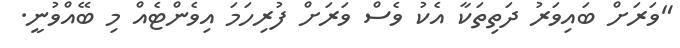
"ވަރަށް ބައިވަރު ދަތިތަކާ އެކު ވެސް ވަރަށް ފުރިހަމަ އިވެންޓެއް މި ބޭއްވުނީ.